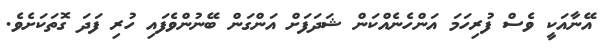
އޭނާއަކީ ވެސް ފުރިހަމަ އަންހެނެއްކަން ޝަދަފަށް އަންގަން ބޭނުންވެފައި ހުރި ފަދަ ގޮތަކަށެވެ.